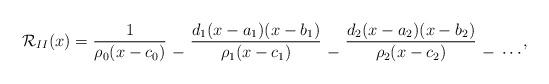
LaTeX: \begin{align*}\mathcal{R}_{II}(x) = \frac{1}{\rho_0(x-c_0)} \mathbin{\genfrac{}{}{0pt}{}{}{-}} \frac{d_1(x-a_1)(x-b_1)}{\rho_1(x-c_1)} \mathbin{\genfrac{}{}{0pt}{}{}{-}} \frac{d_2(x-a_2)(x-b_2)}{\rho_2(x-c_2)} \mathbin{\genfrac{}{}{0pt}{}{}{-}} \mathbin{\genfrac{}{}{0pt}{}{}{\cdots}} ,\end{align*}